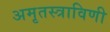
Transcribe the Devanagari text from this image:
अमृतस्त्राविणी